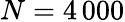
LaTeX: N=4\, 000